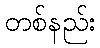
တစ်နည်း